Document type: Grant
Year: 1403
Scribe: Berenguer Pedrosell
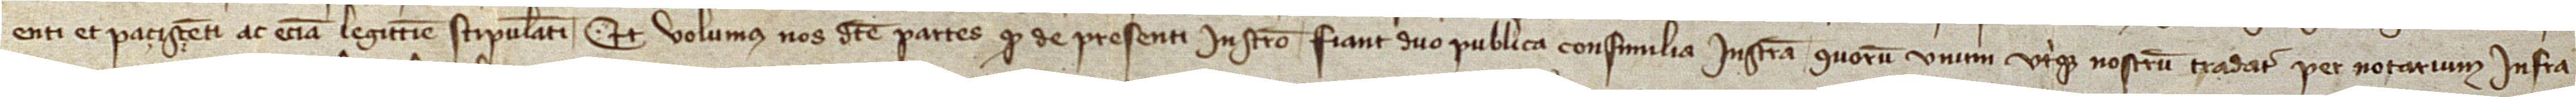
enti et paciscenti ac etiam legittime stipulanti. Et volumus nos dicte partes quod de presenti instrumento fiant duo publica consimilia instrumenta, quorum unum utrique nostrum tradatur per notarium infra-